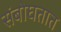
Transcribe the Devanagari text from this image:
संबोघतात